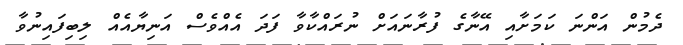
ދެމުން އަންނަ ކަމަށާއި އޭނާގެ ފުރާނައަށް ނުރައްކާވާ ފަދަ އެއްވެސް އަނިޔާއެއް ލިބިފައިނުވާ